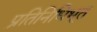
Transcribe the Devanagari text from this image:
प्रतिनिधिभूत